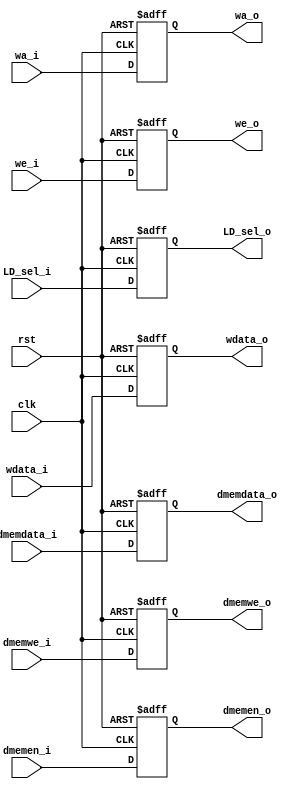
module memory2writeback(
    input                           clk,
    input                           rst,

    input               [3:0]       dmemwe_i,
    input                           dmemen_i,
    input                [4:0]      wa_i,
    input                           we_i,
    input                [31:0]     wdata_i,
    input                [31:0]     dmemdata_i,
    input                [3:0]      LD_sel_i   ,

    output  reg         [3:0]       dmemwe_o,
    output  reg                     dmemen_o,
    output  reg          [4:0]      wa_o,
    output  reg                     we_o,
    output  reg          [31:0]     wdata_o,
    output  reg          [31:0]     dmemdata_o,
    output  reg          [3:0]      LD_sel_o        
);

    always @(posedge clk or posedge rst) begin
        if(rst) begin
            dmemwe_o <= 'd0;
            dmemen_o <= 'd0;
            wa_o <= 'd0; 
            we_o <= 'd0;
            wdata_o <= 'd0;
            dmemdata_o <= 'd0;
            LD_sel_o     <= 'd0;
        end else begin
            dmemwe_o <= dmemwe_i;
            dmemen_o <= dmemen_i;
            wa_o <= wa_i; 
            we_o <= we_i;
            wdata_o <= wdata_i;
            dmemdata_o <= dmemdata_i;
            LD_sel_o     <= LD_sel_i;
        end
    end
    
endmodule //memory2writeback